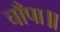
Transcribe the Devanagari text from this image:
चाँपा॥